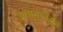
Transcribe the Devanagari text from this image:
अधातूंपासून